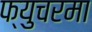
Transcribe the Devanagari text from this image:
फ्युचरमा